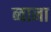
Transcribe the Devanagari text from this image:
ब्वाना